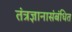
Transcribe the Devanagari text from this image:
तंत्रज्ञानासंबंधित